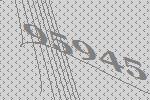
95945